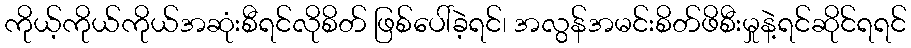
ကိုယ့်ကိုယ်ကိုယ်အဆုံးစီရင်လိုစိတ် ဖြစ်ပေါ်ခဲ့ရင်၊ အလွန်အမင်းစိတ်ဖိစီးမှုနဲ့ရင်ဆိုင်ရရင်